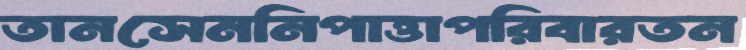
তানসেননিপাত্তাপরিবারতন